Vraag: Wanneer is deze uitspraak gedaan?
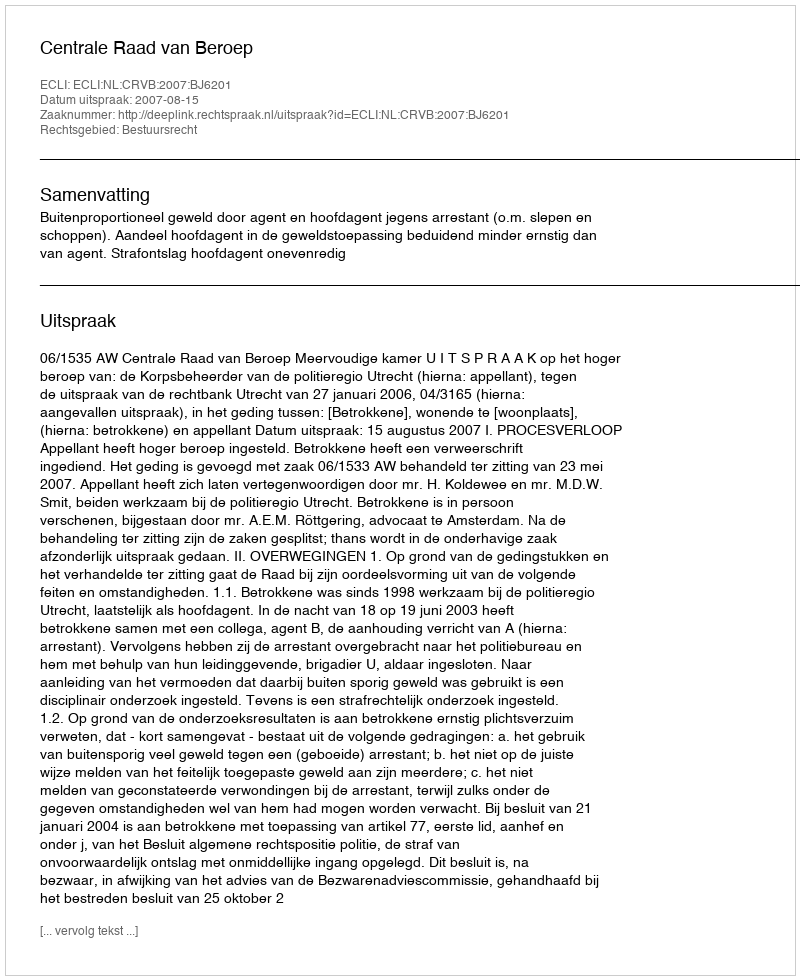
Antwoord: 2007-08-15